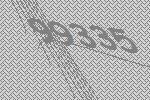
99335